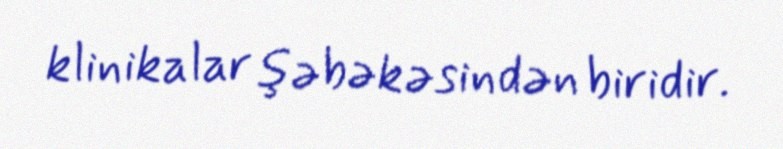
klinikalar şəbəkəsindən biridir.